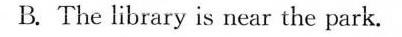
B. The library is near the park.